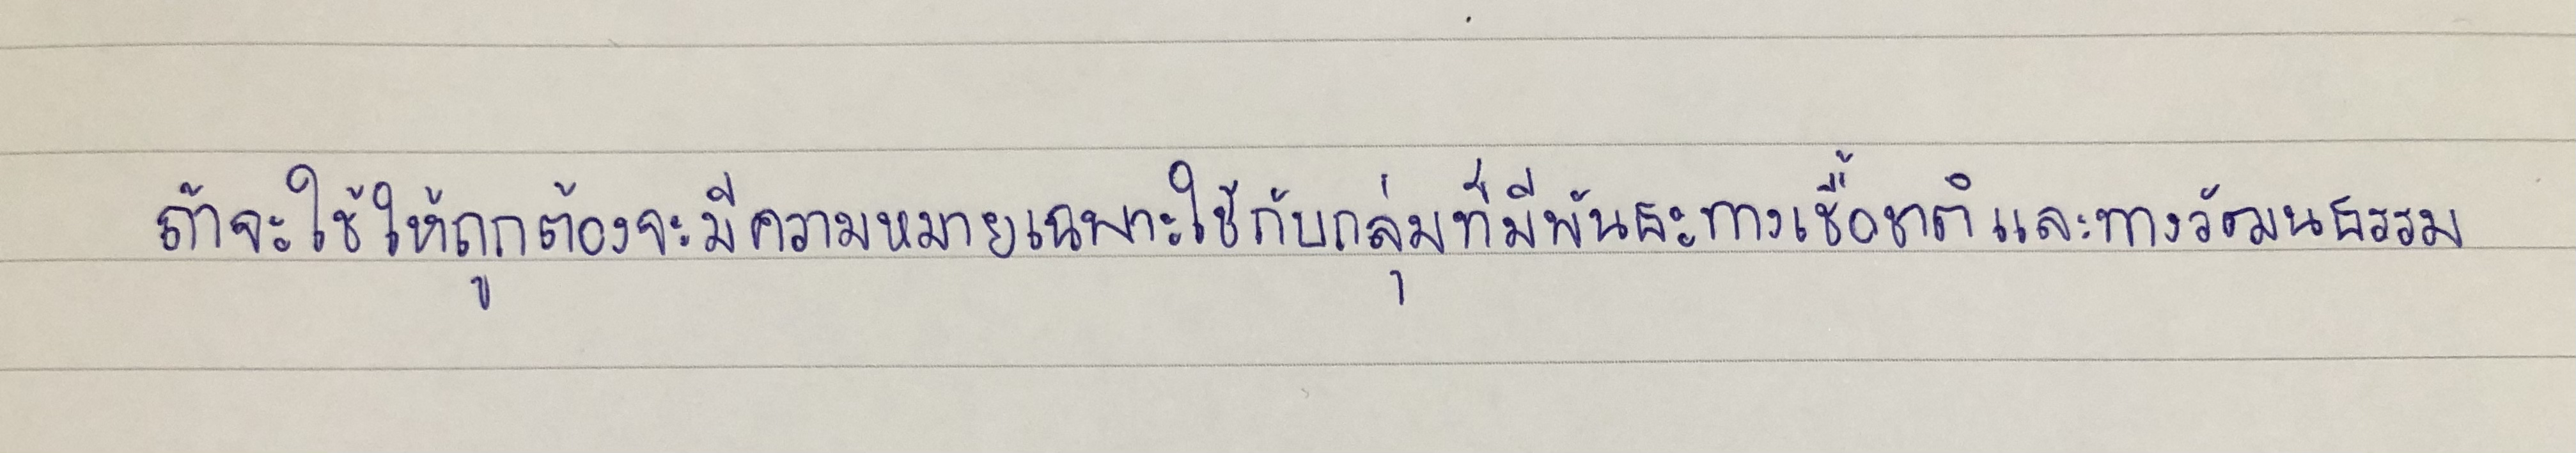
ถ้าจะใช้ให้ถูกต้องจะมีความหมายเฉพาะใช้กับกลุ่มที่มีพันธะทางเชื้อชาติและทางวัฒนธรรม